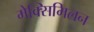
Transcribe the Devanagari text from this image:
मेक्सिमिलन